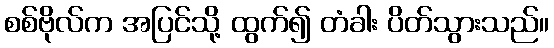
စစ်ဗိုလ်က အပြင်သို့ ထွက်၍ တံခါး ပိတ်သွားသည်။